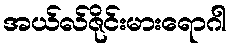
အယ်လ်ဇိုင်းမားရောဂါ